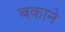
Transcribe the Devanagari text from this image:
बकाने